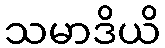
သမာဒိယိ